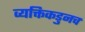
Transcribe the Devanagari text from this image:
व्यक्तिकडुनच